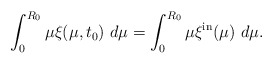
\begin{align*}\int_{0}^{R_{0}}\mu\xi(\mu,t_{0})\ d\mu=\int_{0}^{R_{0}}\mu\xi^{\mathrm{in}}(\mu)\ d\mu.\end{align*}